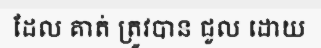
ដែល គាត់ ត្រូវបាន ជួល ដោយ